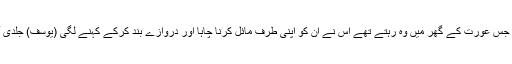
تو جس عورت کے گھر میں وہ رہتے تھے اس نے ان کو اپنی طرف مائل کرنا چاہا اور دروازے بند کرکے کہنے لگی (یوسف) جلدی آؤ۔